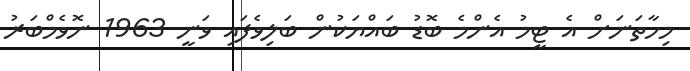
މިހާތަނަށް އެ ޓީމު އެންމެ ބޮޑު ބައްޔަކުން ބަލިވެފައި ވަނީ 1963 ނޮވެމްބަރު